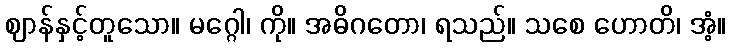
ဈာန်နှင့်တူသော။ မဂ္ဂေါ၊ ကို။ အဓိဂတော၊ ရသည်။ သစေ ဟောတိ၊ အံ့။